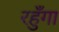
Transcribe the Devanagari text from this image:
रहुँगा